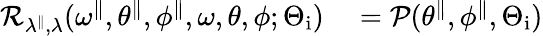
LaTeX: \begin{array}{rl}{\mathcal{R}_{\lambda^{\parallel},\lambda}(\omega^{\parallel},\theta^{\parallel},\phi^{\parallel},\omega,\theta,\phi;\Theta_{\mathrm{i}})}&{{}=\mathcal{P}(\theta^{\parallel},\phi^{\parallel},\Theta_{\mathrm{i}})}\end{array}